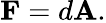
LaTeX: {\textbf{F}}=d{\textbf{A}}.